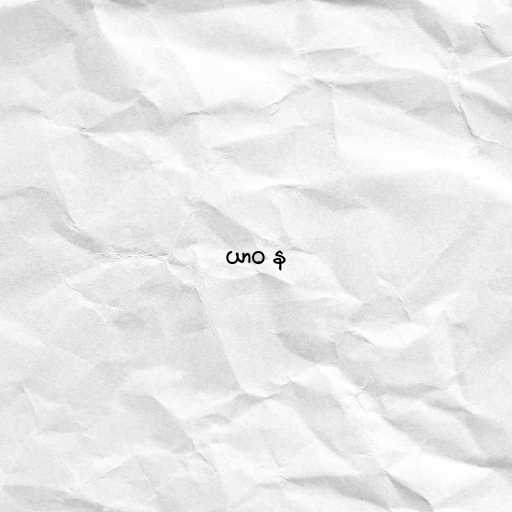
ယာဝ န